Lunatic asylums United Prov. 1922-30 - 1922-1930
Year: 1922
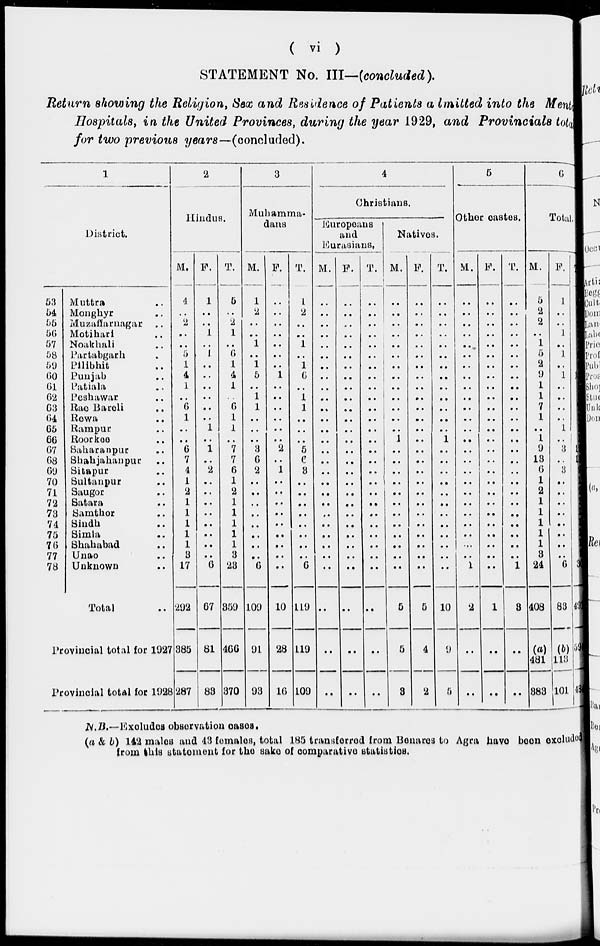
( vi )
STATEMENT No. III—(concluded).
Return showing the Religion, Sex and Residence of Patients a lmitted into the Mental
Hospitals, in the United Provinces, during the year 1929, and Provincials total
for two previous years—(concluded).
1
District.
53
54
55
56
57
58
59
60
61
62
63
64
65
66
67
68
69
70
71
72
73
74
75
76
77
78
Muttra ..
Monghyr ..
Muzaffarnagar ..
Motihari ..
Noakhari ..
Partabgarh ..
Pilibhit ..
Punjab ..
Patiala ..
Peshawar ..
Rae Bareli ..
Rewa ..
Rampur ..
Roorkee ..
Saharanpur ..
Shahjahanpur ..
Sitapur ..
Sultanpur ..
Saugor ..
Satara ..
Samthor ..
Sindh ..
Simla ..
Shahabad ..
Unao ..
Unknown ..
Total ..
Provincial total for 1927
Provincial total for 1928
2
Hindus.
M.
4
..
2
..
..
5
1
4
1
..
6
1
..
..
6
7
4
1
2
1
1
1
1
1
3
17
292
385
287
F.
1
..
..
1
..
1
..
..
..
..
..
..
1
..
1
..
2
..
..
..
..
..
..
..
..
6
67
81
83
T.
5
..
2
1
..
6
1
4
1
..
6
1
1
..
7
7
6
1
2
1
1
1
1
1
3
23
359
466
370
3
Muhamma-
dans
M.
1
2
..
..
1
..
1
5
..
1
1
..
..
..
3
6
2
..
..
..
..
..
..
..
..
6
109
91
93
F.
..
..
..
..
..
..
..
1
..
..
..
..
..
..
2
..
1
..
..
..
..
..
..
..
..
..
10
28
16
T.
1
2
..
..
1
..
1
6
..
1
1
..
..
..
5
6
3
..
..
..
..
..
..
..
..
6
119
119
109
4
Christians.
Europeans
and
Eurasians,
M.
..
..
..
..
..
..
..
....
..
..
..
..
..
..
..
..
..
..
..
..
..
..
..
..
..
..
..
..
..
F.
..
..
..
..
..
..
..
..
..
..
..
..
..
..
..
..
..
..
..
..
..
..
..
..
..
..
..
..
..
T.
..
..
..
..
..
..
..
..
..
..
..
..
..
..
..
..
..
..
..
..
..
..
..
..
..
..
..
..
..
Natives.
M.
..
..
..
..
..
..
..
..
..
..
..
..
..
1
..
..
..
..
..
..
..
..
..
..
..
..
5
5
3
F.
..
..
..
..
..
..
..
..
..
..
..
..
..
..
..
..
..
..
..
..
..
..
..
..
..
..
5
4
2
T.
..
..
..
..
..
..
..
..
..
..
..
..
..
1
..
..
..
..
..
..
..
..
..
..
..
..
10
9
5
5
Other castes.
M.
..
..
..
..
..
..
..
..
..
..
..
..
..
..
..
..
..
..
..
..
..
..
..
..
..
1
2
..
..
F.
..
..
..
..
..
..
..
..
..
..
..
..
..
..
..
..
..
..
..
..
..
..
..
..
..
..
1
..
..
T.
..
..
..
..
..
..
..
..
..
..
..
..
..
..
..
..
..
..
..
..
..
..
..
..
..
1
3
..
..
6
Total.
M.
5
2
2
..
1
5
2
9
1
1
7
1
..
1
9
13
6
1
2
1
1
1
1
1
3
24
408
(a)
481
383
F.
1
..
..
1
..
1
..
1
..
..
..
..
1
..
3
..
3
..
..
..
..
..
..
..
..
6
83
(b)
113
101
T.
6
2
2
1
1
6
2
10
1
1
7
1
1
1
12
13
9
1
2
1
1
1
1
1
3
30
491
594
484
N.B.—Excludes observation cases.
(a & b) 142 males and 43 females, total 185 transferred from Benares to Agra have been excluded
from this statement for the sake of comparative statistics.